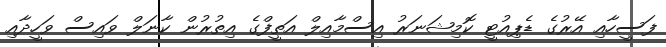
ފަސީހާއި އޭރުގެ ޑެޕިއުޓީ ކޮމިޝަނަރު އިސްމާއިލް އަތީފްގެ އިތުރުން ކާނަލް ވައިސް ވަހީދާއި